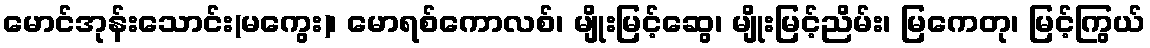
မောင်အုန်းသောင်း(မကွေး)၊ မောရစ်ကောလစ်၊ မျိုးမြင့်ဆွေ၊ မျိုးမြင့်ညိမ်း၊ မြကေတု၊ မြင့်ကြွယ်